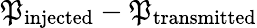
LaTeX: \mathfrak{P}_{\mathrm{{injected}}}-\mathfrak{P}_{\mathrm{{transmitted}}}